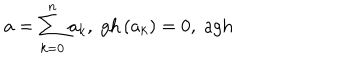
a = \sum _ { k = 0 } ^ { n } a _ { k } , \; \mathrm { g h } \left( a _ { k } \right) = 0 , \; \mathrm { a g h }